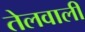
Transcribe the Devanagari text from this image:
तेलवाली